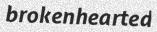
brokenhearted